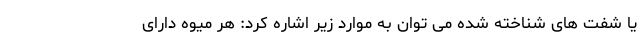
یا شَفت های شناخته شده می توان به موارد زیر اشاره کرد: هر میوه دارای